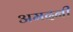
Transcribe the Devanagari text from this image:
अमदनी